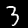
Digit: 3